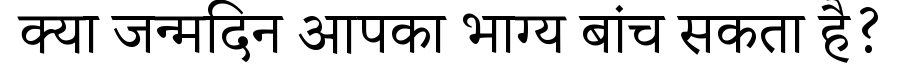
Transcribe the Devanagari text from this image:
क्या जन्मदिन आपका भाग्य बांच सकता है?